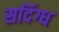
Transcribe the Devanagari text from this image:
सदिंग्ध